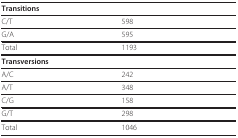
<table><thead><tr><td colspan="2"><b>Transitions</b></td></tr></thead><tbody><tr><td>C/T</td><td>598</td></tr><tr><td>G/A</td><td>595</td></tr><tr><td>Total</td><td>1193</td></tr><tr><td colspan="2"><b>Transversions</b></td></tr><tr><td>A/C</td><td>242</td></tr><tr><td>A/T</td><td>348</td></tr><tr><td>C/G</td><td>158</td></tr><tr><td>G/T</td><td>298</td></tr><tr><td>Total</td><td>1046</td></tr></tbody></table>